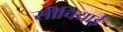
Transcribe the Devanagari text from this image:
सीचियाई